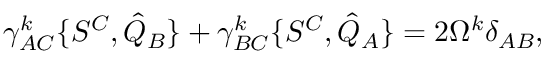
\gamma _ { A C } ^ { k } \{ S ^ { C } , { \hat { Q } } _ { B } \} + \gamma _ { B C } ^ { k } \{ S ^ { C } , { \hat { Q } } _ { A } \} = 2 \Omega ^ { k } \delta _ { A B } ,